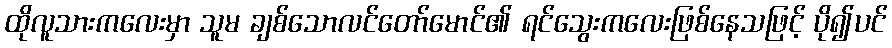
ထိုလူသားကလေးမှာ သူမ ချစ်သောလင်တော်မောင်၏ ရင်သွေးကလေးဖြစ်နေသဖြင့် ပို၍ပင်